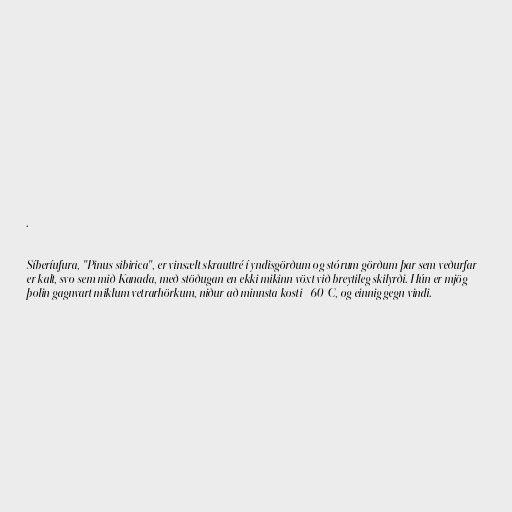
.

Síberíufura, "Pinus sibirica", er vinsælt skrauttré í yndisgörðum og stórum görðum þar sem veðurfar
er kalt, svo sem mið Kanada, með stöðugan en ekki mikinn vöxt við breytileg skilyrði. Hún er mjög
þolin gagnvart miklum vetrarhörkum, niður að minnsta kosti –60°C, og einnig gegn vindi.